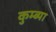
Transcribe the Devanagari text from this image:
कुम्ब्या